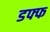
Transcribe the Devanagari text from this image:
डफ्फ